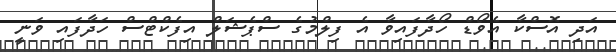
އަދި އޮސްކާ އެވޯޑް ހޯދާފައިވާ އެ ފިލްމުގެ ސްޕެޝަލް އިފެކްޓްސް ހަދާފައި ވަނީ